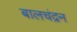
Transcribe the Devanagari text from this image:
बालचंद्रन